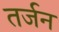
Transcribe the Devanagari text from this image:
तर्जन